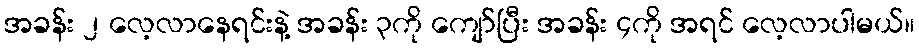
အခန်း ၂ လေ့လာနေရင်းနဲ့ အခန်း ၃ကို ကျော်ပြီး အခန်း ၄ကို အရင် လေ့လာပါမယ်။